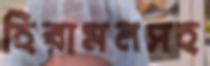
হিরামনসহ